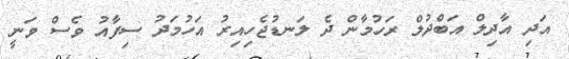
އަދި އާދިލް އަބްދުލް ރަހުމާން ދެ ލަނޑުޖެހިއިރު އަހުމަދު ސިފާއު ވެސް ވަނީ